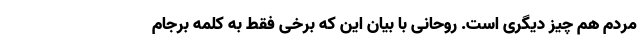
مردم هم چیز دیگری است. روحانی با بیان این که برخی فقط به کلمه برجام